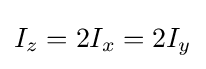
I_{z}=2I_{x}=2I_{y}